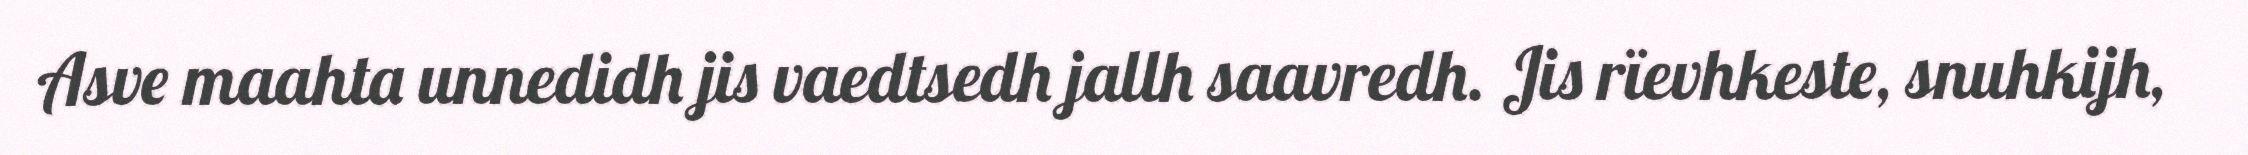
Asve maahta unnedidh jis vaedtsedh jallh saavredh. Jis rïevhkeste, snuhkijh,